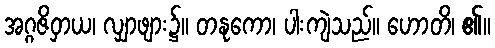
အဂ္ဂဇိဝှာယ၊ လျှာဖျား၌။ တနုကော၊ ပါးကျဲသည်။ ဟောတိ၊ ၏။